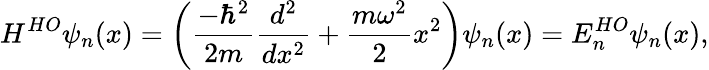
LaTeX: H^{HO}\psi_{n}(x)={\bigg(}{\frac{-\hbar^{2}}{2m}}{\frac{d^{2}}{dx^{2}}}+{\frac{m\omega^{2}}{2}}x^{2}{\bigg)}\psi_{n}(x)=E_{n}^{HO}\psi_{n}(x),